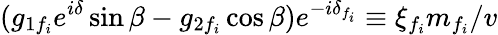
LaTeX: (g_{1f_{i}}e^{i\delta}\sin\beta-g_{2f_{i}}\cos\beta)e^{-i\delta_{f_{i}}}\equiv\xi_{f_{i}}m_{f_{i}}/v